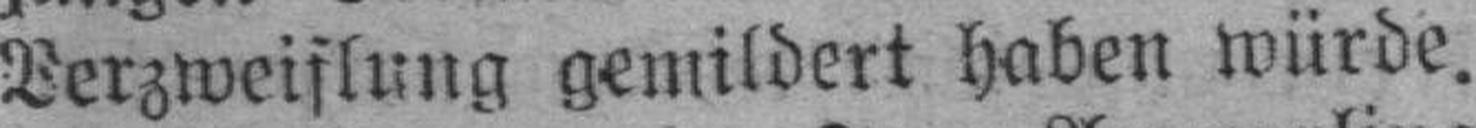
Verzweiflung gemildert haben würde.